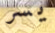
يسر